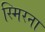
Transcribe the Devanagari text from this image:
स्मिरना